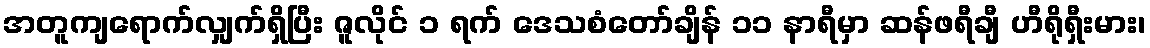
အတူကျရောက်လျှက်ရှိပြီး ဇူလိုင် ၁ ရက် ဒေသစံတော်ချိန် ၁၁ နာရီမှာ ဆန်ဖရီချီ ဟီရိုရှီးမား၊